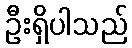
ဦးရှိပါသည်